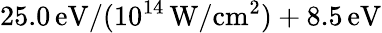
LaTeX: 25.0\, \mathrm{eV}/(10^{14}\, \mathrm{W/cm^{2}})+8.5\, \mathrm{eV}